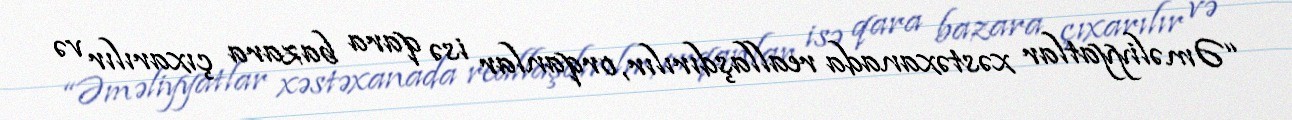
“Əməliyyatlar xəstəxanada reallaşdırılır, orqanlar isə qara bazara çıxarılır və